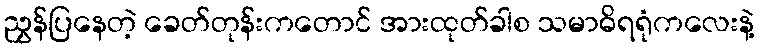
ညွှန်ပြနေတဲ့ ခေတ်တုန်းကတောင် အားထုတ်ခါစ သမာဓိရရုံကလေးနဲ့